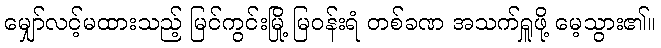
မျှော်လင့်မထားသည့် မြင်ကွင်းမြို့ မြဝန်းရံ တစ်ခဏ အသက်ရှူဖို့ မေ့သွား၏။